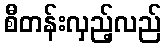
စီတန်းလှည့်လည်